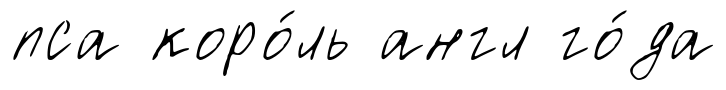
пса коро́ль англ го́да